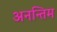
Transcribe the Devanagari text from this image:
अनन्तिम